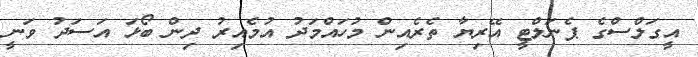
އީގަލްސްގެ ޕެނަލްޓީ އޭރިޔާ ތެރެއިން މުހައްމަދު އުމެއިރު ދިން ބޯޅަ އަސަދު ވަނީ